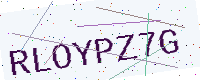
Text: RLOYPZ7G